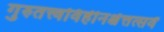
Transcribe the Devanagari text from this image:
गुरुतत्त्वविहीनश्चेत्तत्सर्वं